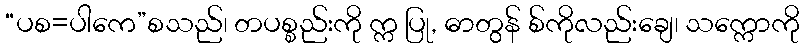
“ပစ=ပါကေ”စသည်၊ တပစ္စည်းကို က္က ပြု, ဓာတွန် စ်ကိုလည်းချေ၊ သက္ကောကို